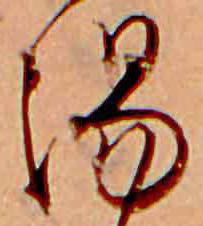
湯